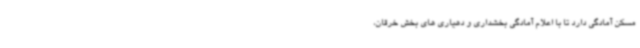
مسکن آمادگی دارد تا با اعلام آمادگی بخشداری و دهیاری های بخش خرقان،